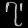
Digit: ၇